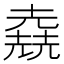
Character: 𠒶